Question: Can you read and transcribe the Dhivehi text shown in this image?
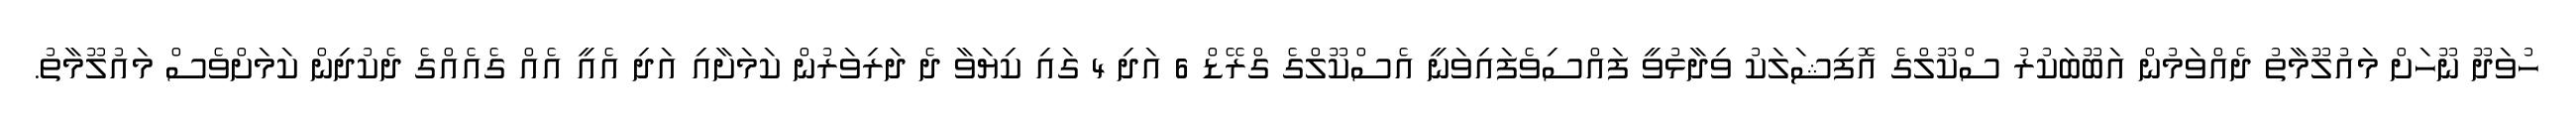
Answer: ހުވަދޫ ނޫހަށް މައުލޫމާތު ދެއްވަމުން އަބޫބަކުރު ސްކޫލްގެ އޮފިޝަލަކު ވިދާޅުވީ ފައްސިވެފައިވަނީ އެސްކޫލްގެ ގްރޭޑް 6 އަދި 4 ގައި ކިޔަވާ ދެ ދަރިވަރުން ކަމަށާއި އަދި އެއީ އެއް ގެއެއްގެ ދެކުދިން ކަމަށްވެސް މައުލޫމާތު.